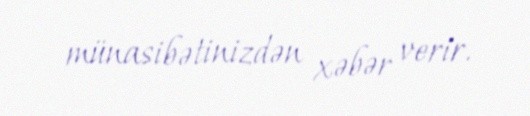
münasibətinizdən xəbər verir.